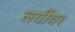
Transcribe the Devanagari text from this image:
लयींवर